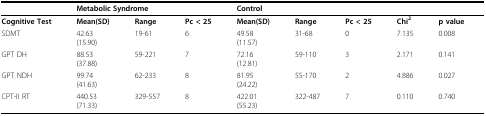
|  | <COLSPAN=3> Metabolic Syndrome | <COLSPAN=3> Control |  |  |
 | --- | --- | --- | --- | --- | --- | --- | --- | --- |
 | Cognitive Test | Mean(SD) | Range | Pc < 25 | Mean(SD) | Range | Pc < 25 | Chi2 | p value |
 | SDMT | 42.63(15.90) | 19-61 | 6 | 49.58(11.57) | 31-68 | 0 | 7.135 | 0.008 |
 | GPT DH | 88.53(37.88) | 59-221 | 7 | 72.16(12.81) | 59-110 | 3 | 2.171 | 0.141 |
 | GPT NDH | 99.74(41.63) | 62-233 | 8 | 81.95(24.22) | 55-170 | 2 | 4.886 | 0.027 |
 | CPT-II RT | 440.53(71.33) | 329-557 | 8 | 422.01(55.23) | 322-487 | 7 | 0.110 | 0.740 |